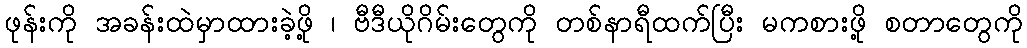
ဖုန်းကို အခန်းထဲမှာထားခဲ့ဖို့ ၊ ဗီဒီယိုဂိမ်းတွေကို တစ်နာရီထက်ပြီး မကစားဖို့ စတာတွေကို